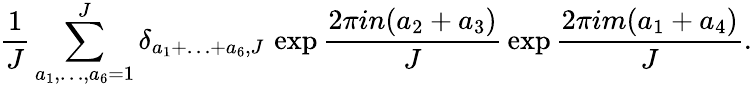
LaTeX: \frac{1}{J}\sum_{a_{1},\ldots,a_{6}=1}^{J}\delta_{a_{1}+\ldots+a_{6},J}\, \exp\frac{2\pi in(a_{2}+a_{3})}{J}\, \exp\frac{2\pi im(a_{1}+a_{4})}{J}.